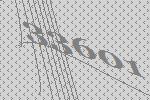
33601